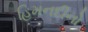
હિમનદીનો